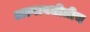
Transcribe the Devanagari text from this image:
अल्पावधीतीच